Leaving Certificate Examination, 1915
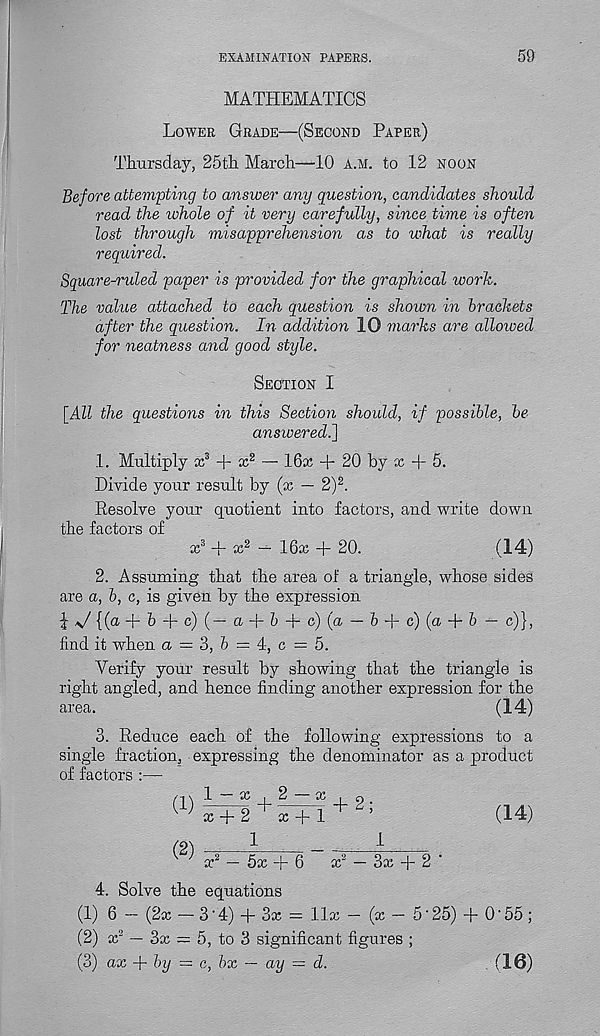
EXAMINATION PAPERS.
59
MATHEMATICS
Lower Grade—(Second Paper)
Thursday, 25th March—10 a.m. to 12 noon
Before attempting to answer any question, candidates should
read the ivhole of it very carefully, since, time is often
lost through misapprehension as to what is really
required.
Square-ruled paper is provided for the graphical work.
The value attached to each question is shown in brackets
after the question. In addition 10 marks are allowed
for neatness and good style.
Section I
[All the questions in this Section should, if possible, be
answered.]
1. Multiply x 3 + ie 2 — 16x + 20 by x A 5.
Divide your result by (x — 2) 2 .
Resolve your quotient into factors, and write down
the factors of
x 3 + x 2 — 16x + 20.
(14)
2. Assuming that the area of a triangle, whose sides
are a, b, c, is given by the expression
|-v /, {( a T'h + c ) (~~ <x + 5 + c)(& — h + c)(a + 6 — c)},
find it when a = 3, 5 = 4, c = 5.
Verify your result by showing that the triangle is
right angled, and hence finding another expression for the
area.
(14)
3. Reduce each of the following expressions to a
single fraction, expressing the denominator as a product
of factors :—
(1)
1 — x , 2 — x
x + 2
x + 1
+ 2;
(14)
(2)
1
x 2 — 5x + 6
1
x 2 — 3x + 2 ■
4. Solve the equations
(1) 6 - (2x — 3‘4) + 3x = llx - (x- 5-25) + 0'55;
(2) x 2 — 3x ~ 5, to 3 significant figures ;
(3) ax + by = c, bx — ay — d.
(16)